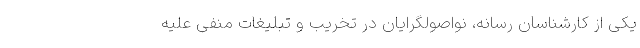
یکی از کارشناسان رسانه، نواصولگرایان در تخریب و تبلیغات منفی علیه